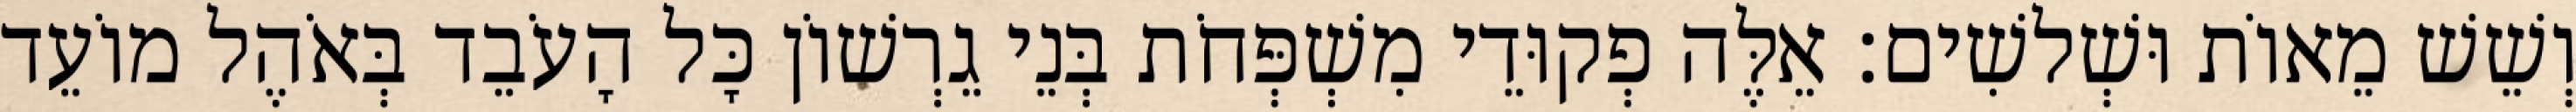
וְשֵׁשׁ מֵאוֹת וּשְׁלשִׁים׃ אֵלֶּה פְקוּדֵי מִשְׁפְּחֹת בְּנֵי גֵרְשׁוֹן כָּל הָעֹבֵד בְּאֹהֶל מוֹעֵד